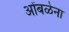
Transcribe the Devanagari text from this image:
ओंबळेना